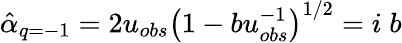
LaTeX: \hat{\alpha}_{q=-1}=2u_{obs}\left(1-bu_{obs}^{-1}\right)^{1/2}=i\; b